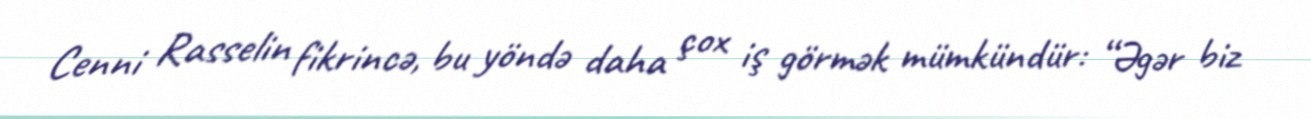
Cenni Rasselin fikrincə, bu yöndə daha çox iş görmək mümkündür: “Əgər biz